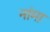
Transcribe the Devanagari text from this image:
नांमा